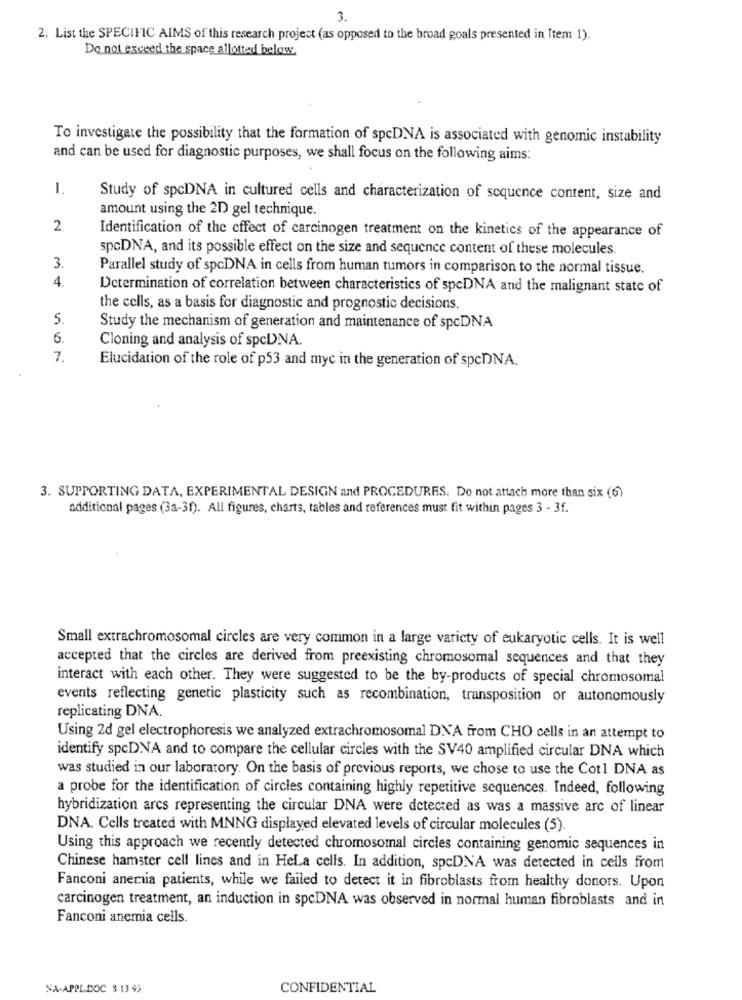
3.
2. List the SPECIFIC AIMS of this research project (as opposed to the broad goals presented in Item 1).
Do not exceed the space allotted below.
To investigate the possibility that the formation of spcDNA is associated with genomic instability
and can be used for diagnostic purposes, we shall focus on the following aims:
-
Study of spcDNA in cultured cells and characterization of sequence content, size and
amount using the 2D gel technique.
2.
Identification of the effect of carcinogen treatment on the kinetics of the appearance of
spcDNA, and its possible effect on the size and sequence content of these molecules.
3
Parallel study of spcDNA in cells from human tumors in comparison to the normal tissue.
4.
Determination of correlation between characteristics of spcDNA and the malignant state of
the cells, as a basis for diagnostic and prognostic decisions.
5.
Study the mechanism of generation and maintenance of spcDNA
6.
Cloning and analysis of spcDNA.
7.
Elucidation of the role of p53 and myc in the generation of spcDNA.
3. SUPPORTING DATA, EXPERIMENTAL DESIGN and PROCEDURES. Do not attach more than six (6)
additional pages (3a-3f). All figures, charts, tables and references must fit within pages 3 - 3f.
Small extrachromosomal circles are very common in a large variety of eukaryotic cells. It is well
accepted that the circles are derived from preexisting chromosomal sequences and that they
interact with each other. They were suggested to be the by-products of special chromosomal
events reflecting genetic plasticity such as recombination, transposition or autonomously
replicating DNA.
Using 2d gel electrophoresis we analyzed extrachromosomal DNA from CHO cells in an attempt to
identify spcDNA and to compare the cellular circles with the SV40 amplified circular DNA which
was studied in our laboratory. On the basis of previous reports, we chose to use the Cot1 DNA as
a probe for the identification of circles containing highly repetitive sequences. Indeed, following
hybridization arcs representing the circular DNA were detected as was a massive arc of linear
DNA. Cells treated with MNNG displayed elevated levels of circular molecules (5).
Using this approach we recently detected chromosomal circles containing genomic sequences in
Chinese hamster cell lines and in Hela cells. In addition, spcDNA was detected in cells from
Fanconi aneria patients, while we failed to detect it in fibroblasts from healthy donors. Upon
carcinogen treatment, an induction in spcDNA was observed in normal human fibroblasts and in
Fanconi anemia cells.
NA-APPL.DOC $ 13 93
CONFIDENTIAL